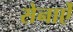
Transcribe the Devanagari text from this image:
सेनाऐं